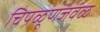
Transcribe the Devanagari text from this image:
चिपळूणजवळ